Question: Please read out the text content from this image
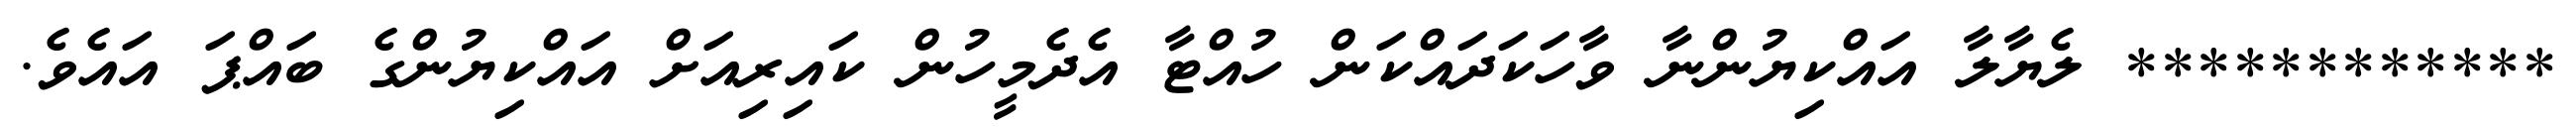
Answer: ************ ލެޔާލާ އައްކިޔުންނާ ވާހަކަދައްކަން ހުއްޓާ އެދެމީހުން ކައިރިއަށް އައްކިޔުންގެ ބައްޕަ އައެވެ.